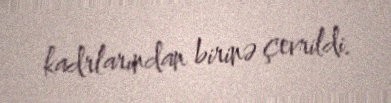
kadrlarından birinə çevrildi.